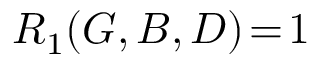
R _ { 1 } ( G , B , D ) \! = \! 1